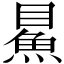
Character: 𩶔